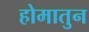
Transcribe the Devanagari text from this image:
होमातुन